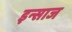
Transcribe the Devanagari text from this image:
इन्साज